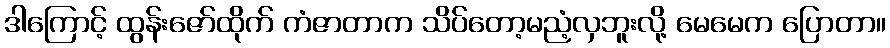
ဒါကြောင့် ထွန်းဇော်ထိုက် ကံဇာတာက သိပ်တော့မညံ့လှဘူးလို့ မေမေက ပြောတာ။